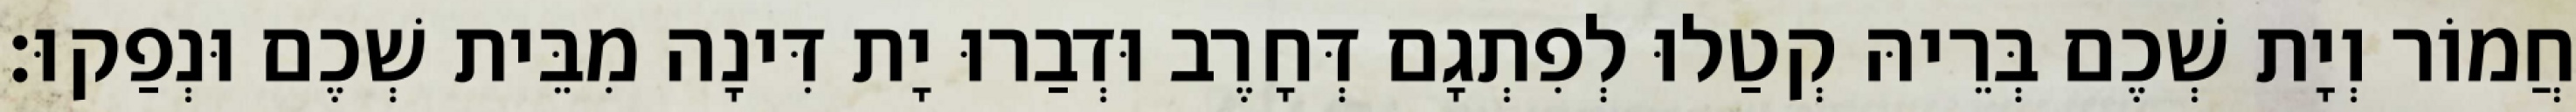
חֲמוֹר וְיָת שְׁכֶם בְּרֵיהּ קְטַלוּ לְפִתְגָם דְּחָרֶב וּדְבַרוּ יָת דִּינָה מִבֵּית שְׁכֶם וּנְפַקוּ׃